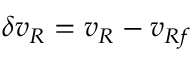
\delta { v _ { R } } = v _ { R } - v _ { R f }